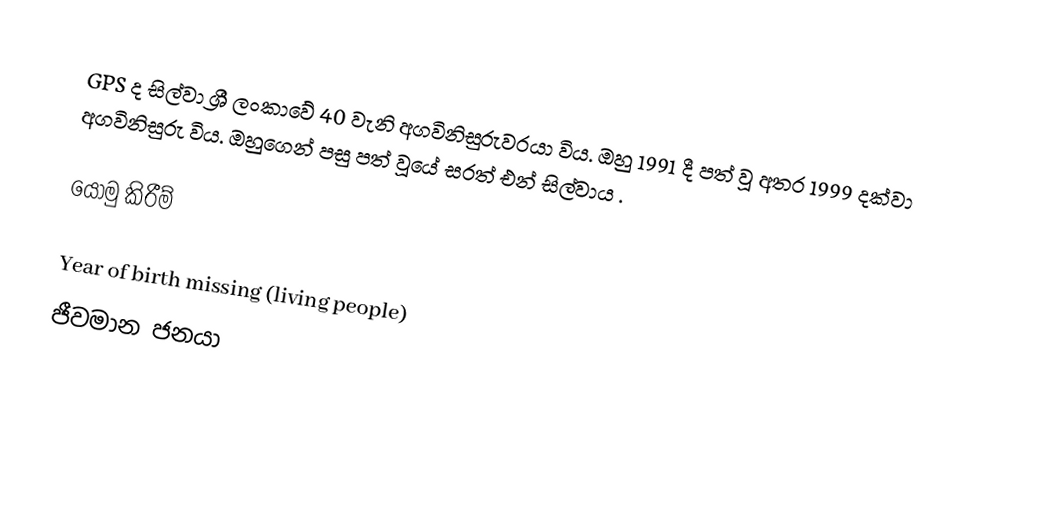
GPS ද සිල්වා ශ්‍රී ලංකාවේ 40 වැනි අගවිනිසුරුවරයා විය. ඔහු 1991 දී පත් වූ අතර 1999 දක්වා අගවිනිසුරු විය. ඔහුගෙන් පසු පත් වූයේ සරත් එන් සිල්වාය .

යොමු කිරීම්

Year of birth missing (living people)
ජීවමාන ජනයා